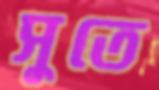
সুতে